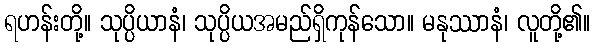
ရဟန်းတို့။ သုပ္ပိယာနံ၊ သုပ္ပိယအမည်ရှိကုန်သော။ မနုဿာနံ၊ လူတို့၏။